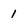
Character: 1